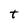
Character: t